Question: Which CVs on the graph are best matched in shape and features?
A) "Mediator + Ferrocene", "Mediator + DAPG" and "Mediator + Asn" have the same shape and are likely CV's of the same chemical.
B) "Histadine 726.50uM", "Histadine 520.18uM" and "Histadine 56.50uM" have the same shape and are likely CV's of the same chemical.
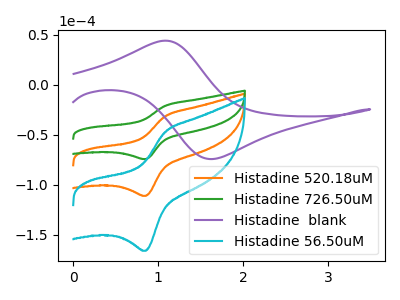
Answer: <think>The orange curve "Histadine 520.18uM" has an anodic peak at (1.10V, -31.70uA) and a cathodic peak at (0.85V, -111.05uA). The green curve "Histadine 726.50uM" has an anodic peak at (1.10V, -21.25uA) and a cathodic peak at (0.85V, -74.35uA). The purple curve "Histadine  blank" has an anodic peak at (1.10V, 43.85uA) and a cathodic peak at (1.65V, -74.25uA). The cyan curve "Histadine 56.50uM" has an anodic peak at (1.10V, -63.40uA) and a cathodic peak at (0.85V, -222.10uA).
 All the peaks in "Histadine 520.18uM" have a peak in "Histadine 726.50uM" at the same potential. "Histadine 520.18uM" and "Histadine  blank" have at least one peak that do not match. All the peaks in "Histadine 520.18uM" have a peak in "Histadine 56.50uM" at the same potential. "Histadine 726.50uM" and "Histadine  blank" have at least one peak that do not match. All the peaks in "Histadine 726.50uM" have a peak in "Histadine 56.50uM" at the same potential. "Histadine  blank" and "Histadine 56.50uM" have at least one peak that do not match.</think>
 <answer>B) "Histadine 726.50uM", "Histadine 520.18uM" and "Histadine 56.50uM" have the same shape and are likely CV's of the same chemical.</answer>
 <eval>B</eval>